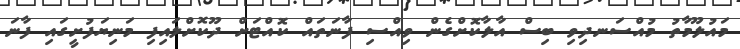
މައުލޫމާތު މުއްސަނދިވި ބިސް އާލާކޮށްގެން ވިއްސި ފާނަތައް ކޮއްޓަށް ދޫކޮށްލައިފި މަނިޔަފުށީގައި ފާނަ